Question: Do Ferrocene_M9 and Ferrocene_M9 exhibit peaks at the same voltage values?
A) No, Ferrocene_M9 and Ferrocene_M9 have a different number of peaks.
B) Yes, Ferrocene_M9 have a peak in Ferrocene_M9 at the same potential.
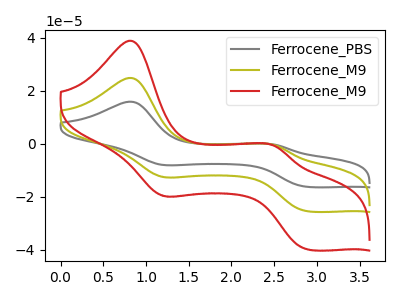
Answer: <think>The gray curve "Ferrocene_PBS" has anodic peaks at (0.80V, 49.70uA) (2.50V, -1.10uA) and cathodic peaks at (1.20V, -24.90uA) (2.90V, -51.05uA). The olive curve "Ferrocene_M9" has anodic peaks at (0.80V, 24.85uA) (2.50V, -0.55uA) and cathodic peaks at (1.20V, -12.45uA) (2.90V, -25.50uA). The red curve "Ferrocene_M9" has anodic peaks at (0.80V, 38.90uA) (2.50V, -0.85uA) and cathodic peaks at (1.20V, -19.50uA) (2.90V, -39.95uA).</think>
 <answer>B) Yes, "Ferrocene_M9" have a peak in "Ferrocene_M9" at the same potential.</answer>
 <eval>B</eval>